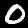
Digit: 0